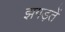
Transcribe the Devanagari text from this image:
झगड़तें